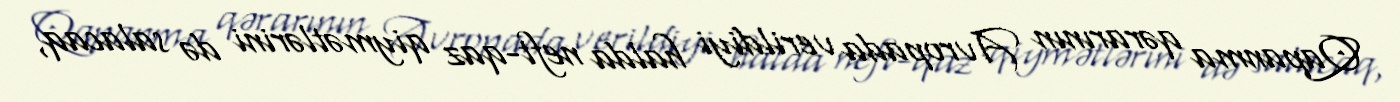
Qapanma qərarının Avropada verildiyi halda neft-qaz qiymətlərini də salacaq,